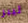
ليبر